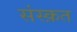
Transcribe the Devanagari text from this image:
संस्‍क़त